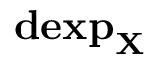
\mathbf { d e x p } _ { \mathbf { X } }